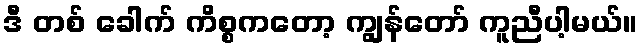
ဒီ တစ် ခေါက် ကိစ္စကတော့ ကျွန်တော် ကူညီပါ့မယ်။